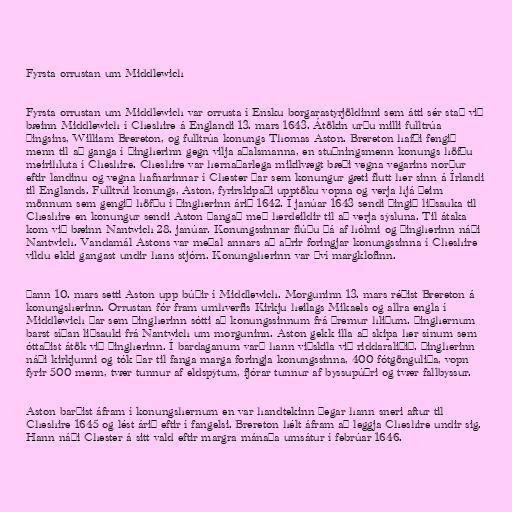
Fyrsta orrustan um Middlewich

Fyrsta orrustan um Middlewich var orrusta í Ensku borgarastyrjöldinni sem átti sér stað við
bæinn Middlewich í Cheshire á Englandi 13. mars 1643. Átökin urðu milli fulltrúa
þingsins, William Brereton, og fulltrúa konungs Thomas Aston. Brereton hafði fengið
menn til að ganga í þingherinn gegn vilja aðalsmanna, en stuðningsmenn konungs höfðu
meirihluta í Cheshire. Cheshire var hernaðarlega mikilvægt bæði vegna vegarins norður
eftir landinu og vegna hafnarinnar í Chester þar sem konungur gæti flutt her sinn á Írlandi
til Englands. Fulltrúi konungs, Aston, fyrirskipaði upptöku vopna og verja hjá þeim
mönnum sem gengið höfðu í þingherinn árið 1642. Í janúar 1643 sendi þingið liðsauka til
Cheshire en konungur sendi Aston þangað með herdeildir til að verja sýsluna. Til átaka
kom við bæinn Nantwich 28. janúar. Konungssinnar flúðu þá af hólmi og þingherinn náði
Nantwich. Vandamál Astons var meðal annars að aðrir foringjar konungssinna í Cheshire
vildu ekki gangast undir hans stjórn. Konungsherinn var því margklofinn.

Þann 10. mars setti Aston upp búðir í Middlewich. Morguninn 13. mars réðist Brereton á
konungsherinn. Orrustan fór fram umhverfis Kirkju heilags Mikaels og allra engla í
Middlewich þar sem þingherinn sótti að konungssinnum frá þremur hliðum. Þinghernum
barst síðan liðsauki frá Nantwich um morguninn. Aston gekk illa að skipa her sínum sem
óttaðist átök við þingherinn. Í bardaganum varð hann viðskila við riddaraliðið. Þingherinn
náði kirkjunni og tók þar til fanga marga foringja konungssinna, 400 fótgönguliða, vopn
fyrir 500 menn, tvær tunnur af eldspýtum, fjórar tunnur af byssupúðri og tvær fallbyssur.

Aston barðist áfram í konungshernum en var handtekinn þegar hann sneri aftur til
Cheshire 1645 og lést árið eftir í fangelsi. Brereton hélt áfram að leggja Cheshire undir sig.
Hann náði Chester á sitt vald eftir margra mánaða umsátur í febrúar 1646.